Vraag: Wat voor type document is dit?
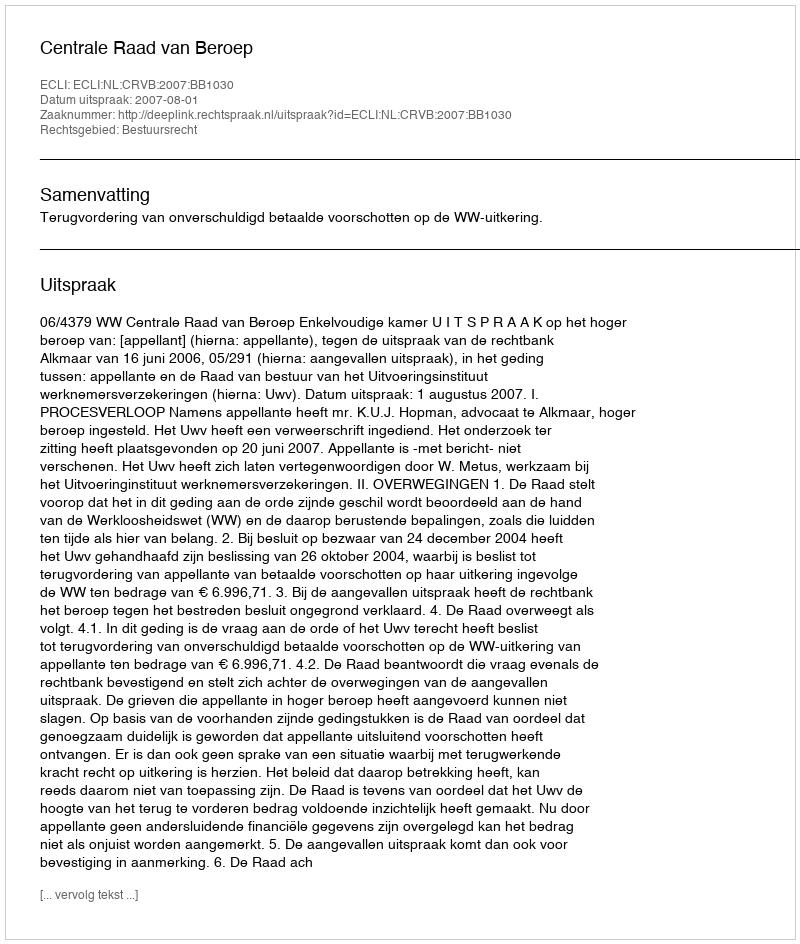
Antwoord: Uitspraak